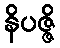
နိပဇ္ဇိ